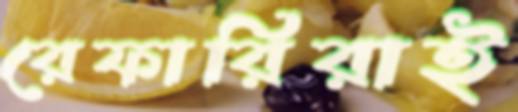
রেফারিরাই